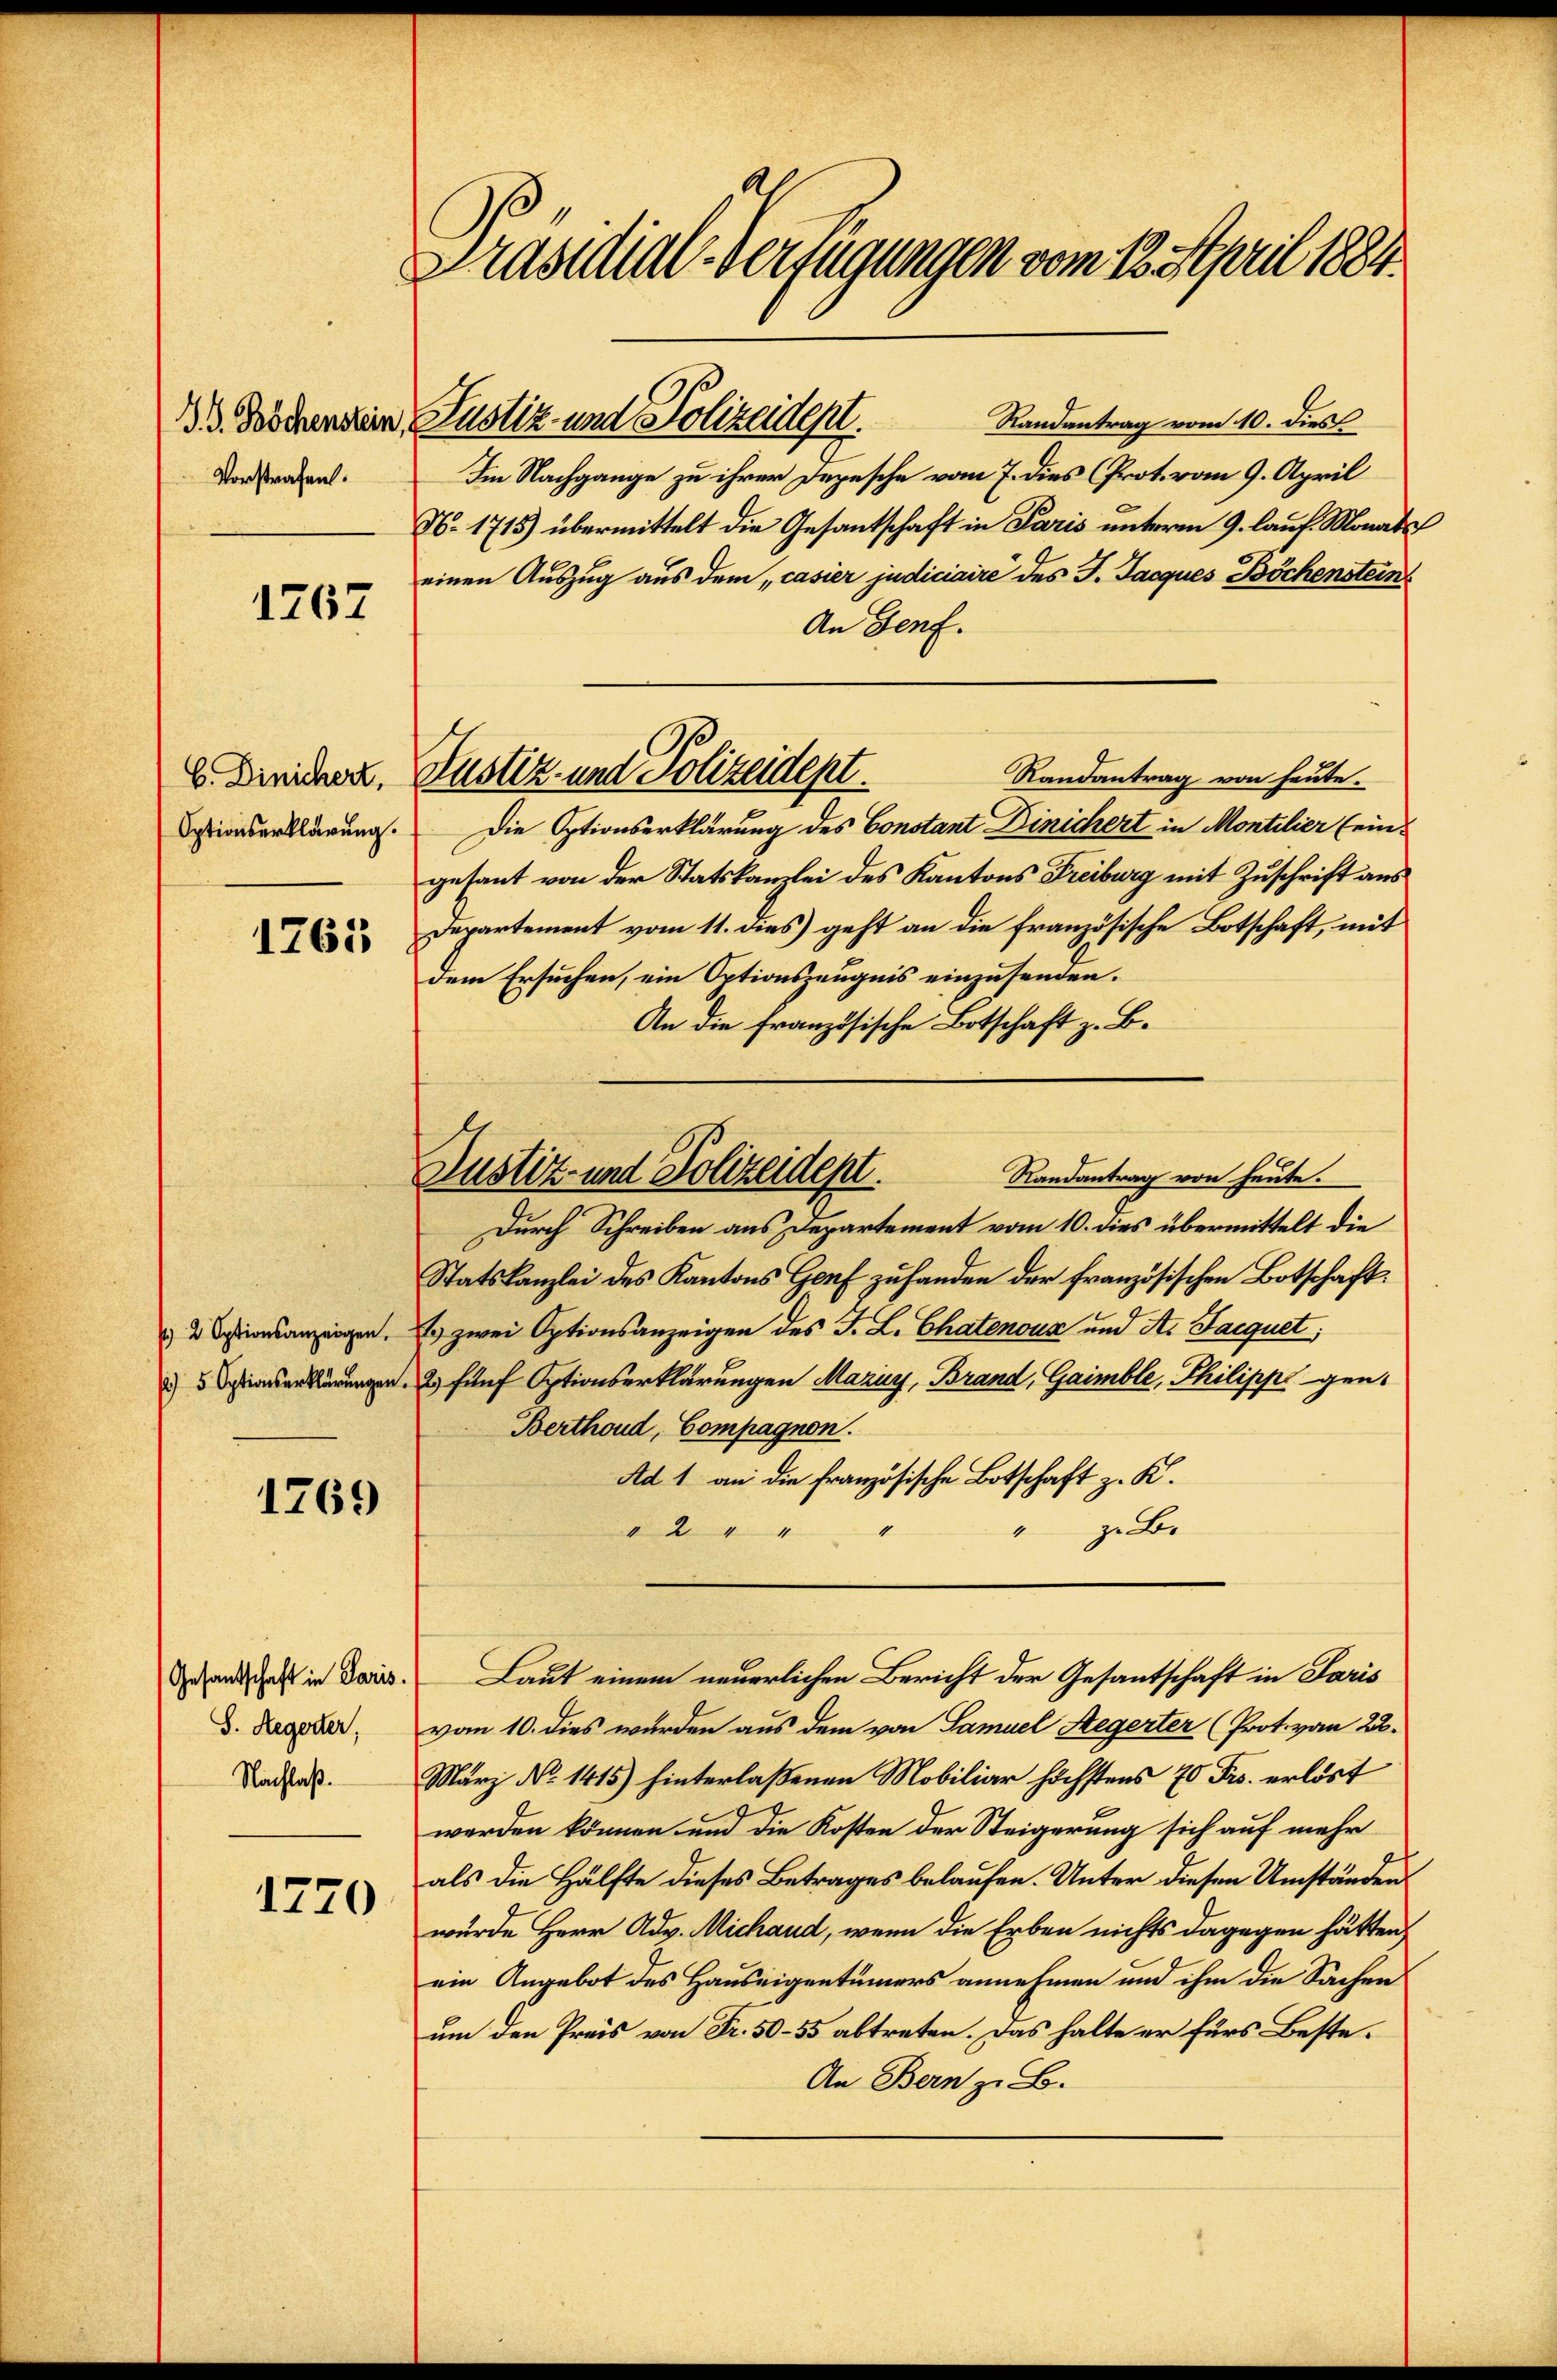
J. G. Böchenstein
Vorstrafen.

1767

b. Dinichert,
Optionserklärung.

1765

1769

1770

S. Hegerter,
Nachlaß.

Präsidial-Verfügungen vom 12. April 1884.

Justiz- und Polizeidept.

Randantrag vom 10. dies
Im Nachgange zu ihrer Depesche vom 7. dies Prot. vom 9. April
N. 1715) übermittelt die Gesantschaft in Paris unterm 9. lauf. Monats
einen Auszug aus dem casier judiciaire des J. Jacques Böchenstein
An Genf.
Randantrag von heute.
Die Optionserklärung des Constant Dinichert in Montilier (ein-
gesant von der Statskanzlei des Kantons Freiburg mit Zuschrift aus
Departement vom 11. dies geht an die französische Botschaft, mit
dem Ersuchen, ein Optionszeugnis einzusenden.
An die französische Botschaft z. B.
Durch Schreiben aus Departement vom 10. dies übermittelt die
Statskanzlei des Kantons Genf zufanden der französischen Botschaft.
2ionsanzeigen zwei Optionsanzeigen des J. L. Chatenoux und St. Jacquet,
 2 fünf Optionserklärungen Mazin, Brand, Gaimble, Philipp gen
Berthoud, Compagnon.
Ad 1 an die französische Botschaft z. K.
gebe
" 2 "
4
ehandschaft in Doris. Laut einem neuerlichen Bericht der Gesantschaft in Paris
vom 10. dies wurden aus dem von Samuel Hegerter (Prot. vom 22.
März No 1415) hinterlaßenen Mobiliar höchstens 70 Frs. erlöst
werden können und die Kosten der Steigerung sich auf mehr
als die Hälfte dieses Betrages belaufen. Unter diesen Umständen
wurde Herr Adv. Michand, wenn die Erben nichts dagegen hätten
ein Angebot des Hauseigentümers annehmen und ihm die Sachen
um den Preis von Fr. 50–55 abtreten. Das halte er fürs Beste¬
An Bern z. B.

Justiz und Polizeidept.

Randantrag von heute.
Justiz- und Polizeidept.